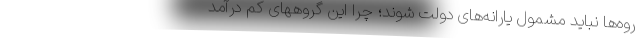
روه‌ها نباید مشمول یارانه‌های دولت شوند؛ چرا این گروههای کم درآمد